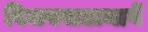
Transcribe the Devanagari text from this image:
विजयवाडामार्गे